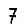
Digit: 7